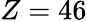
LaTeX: Z=46